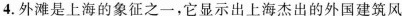
4.外滩是上海的象征之一，它显示出上海杰出的外国建筑风